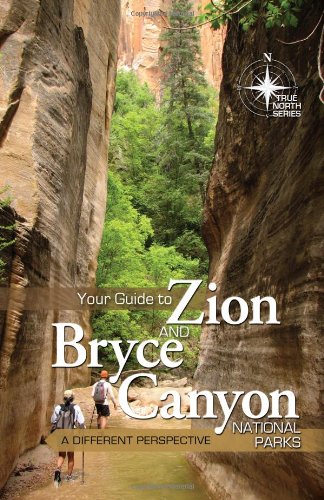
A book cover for Your Guide to Zion and Bryce Canyon (True North Series); Mike Oard; Christian Books & Bibles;